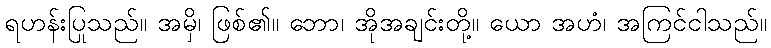
ရဟန်းပြုသည်။ အမှိ၊ ဖြစ်၏။ ဘော၊ အိုအချင်းတို့။ ယော အဟံ၊ အကြင်ငါသည်။